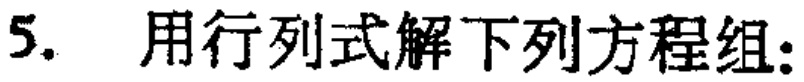
5. 用行列式解下列方程组：